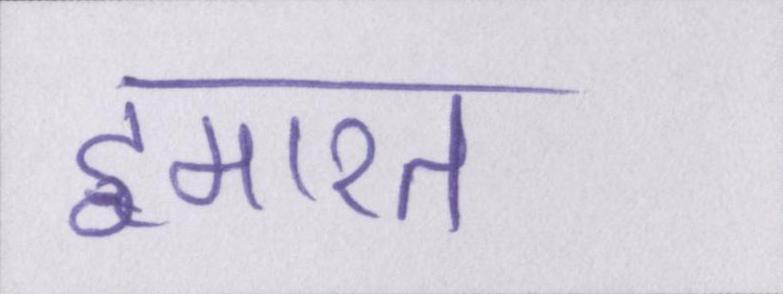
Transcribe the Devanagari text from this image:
इमारत